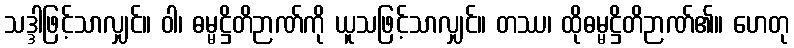
သဒ္ဒါဖြင့်သာလျှင်။ ဝါ၊ ဓမ္မဋ္ဌိတိဉာဏ်ကို ယူသဖြင့်သာလျှင်။ တဿ၊ ထိုဓမ္မဋ္ဌိတိဉာဏ်၏။ ဟေတု